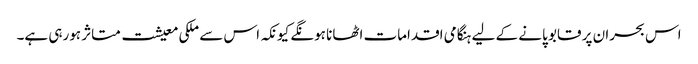
اس بحران پر قابو پانے کے لیے ہنگامی اقدامات اٹھانا ہونگے کیونکہ اس سے ملکی معیشت متاثر ہورہی ہے۔